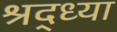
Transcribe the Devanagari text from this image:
श्रद्ध्या